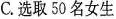
C.选取50名女生